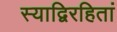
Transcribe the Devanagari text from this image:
स्याद्विरहितां